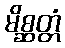
မိစ္ဆတ္တံ